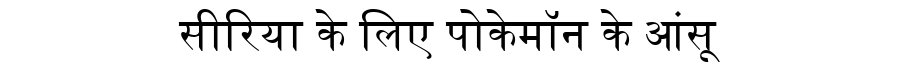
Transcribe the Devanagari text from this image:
सीरिया के लिए पोकेमॉन के आंसू